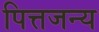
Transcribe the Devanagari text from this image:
पित्तजन्य